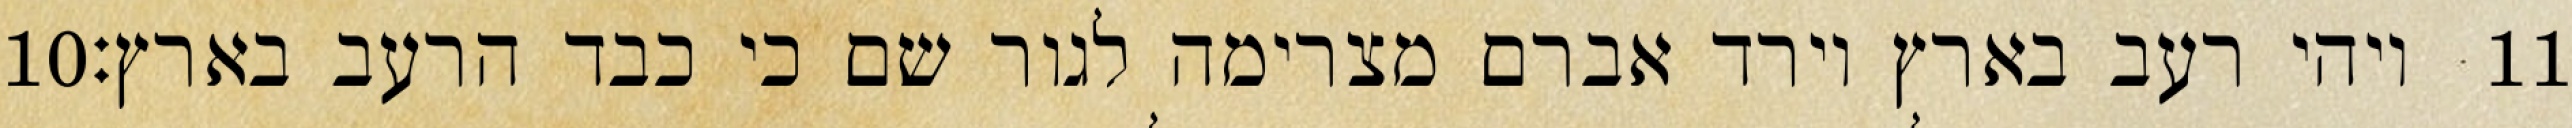
‎10‏ ויהי רעב בארץ וירד אברם מצרימה לגור שם כי כבד הרעב בארץ׃ ‎11‏